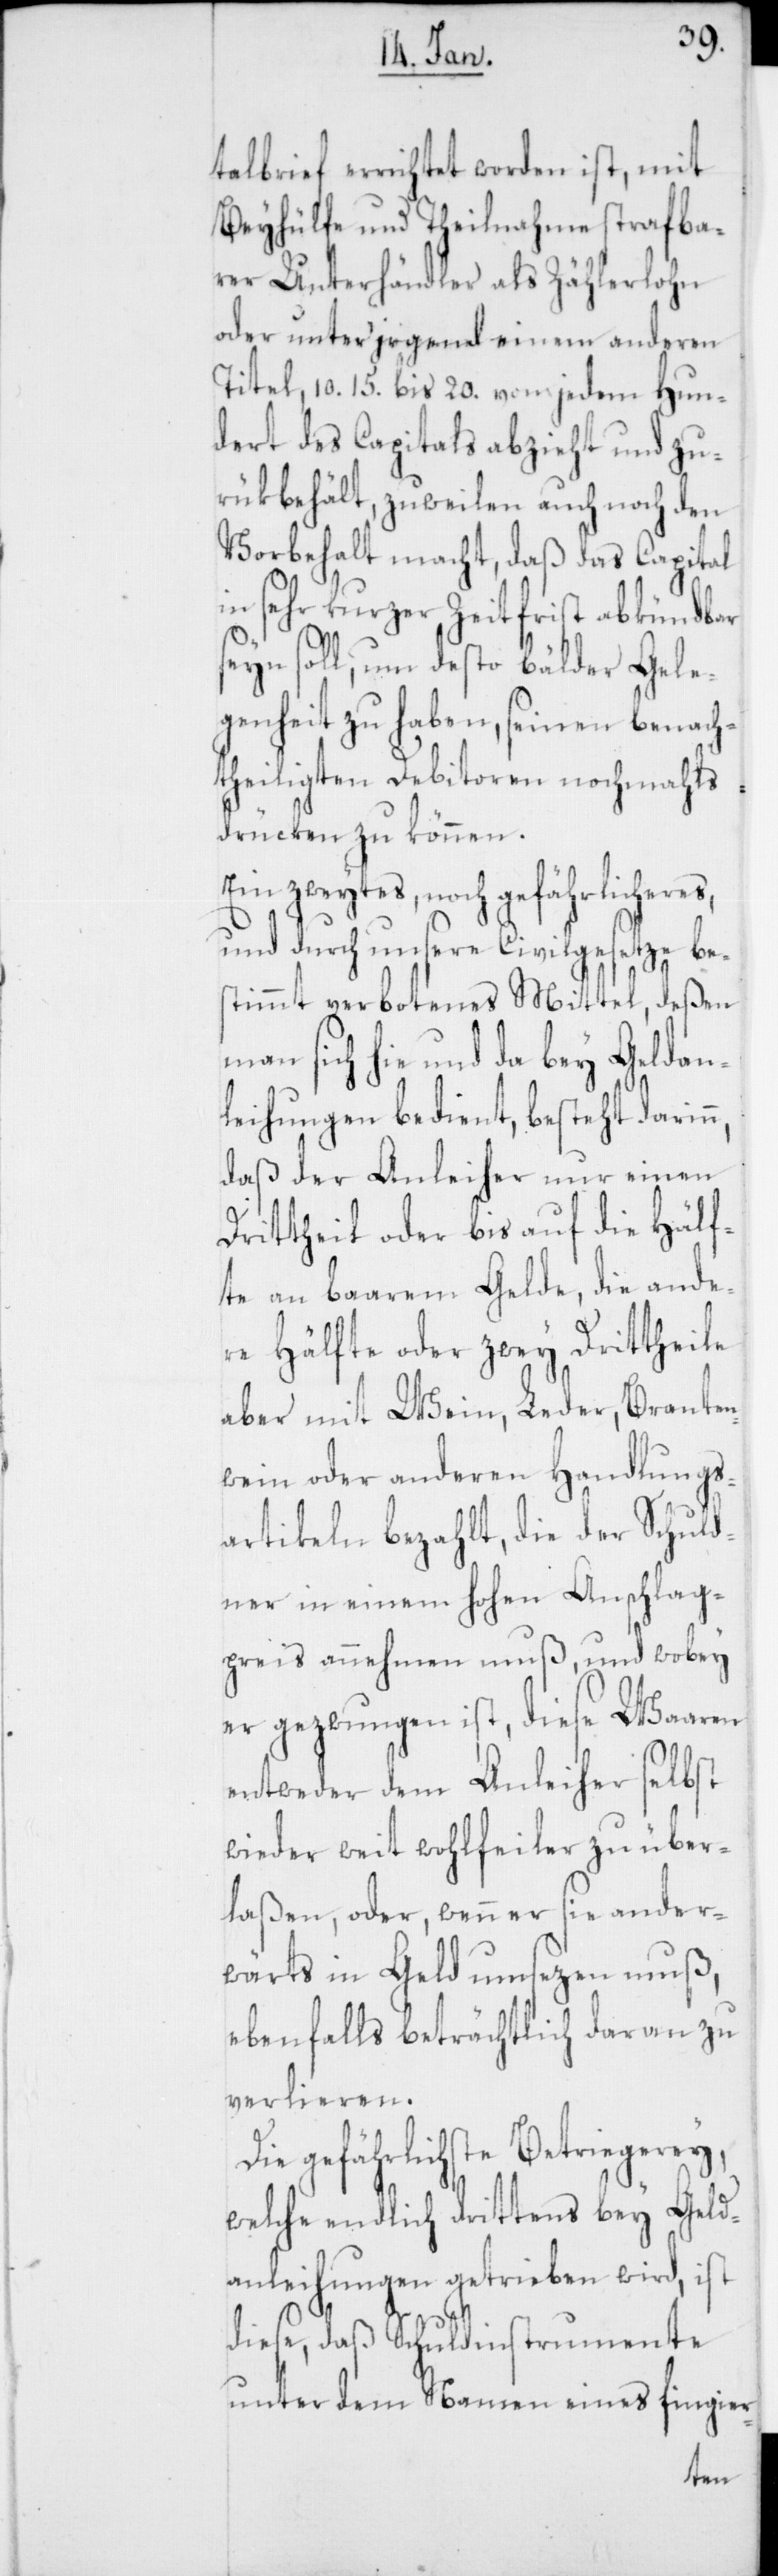
talbrief errichtet worden ist, mit
Beyhülfe und Theilnahme strafba¬
rer Unterhändler als Zählerlohn
oder unter irgend einem anderen
Titel, 10. 15. bis 20. vom jedem Hun¬
dert des Capitals abzieht und zu¬
rükbehält, zuweilen auch noch den
Vorbehalt macht, daß das Capital
in sehr kurzer Zeitfrist abkündbar
seyn soll, um desto bälder Gele¬
genheit zu haben, seinen benach¬
theiligten Debitoren nochmahls
drücken zu können.
Ein zweytes, noch gefährlicheres,
und durch unsere Civilgesetze bes¬
timmt verbotenes Mittel, deßen
man sich hie und da bey Geldan¬
leihungen bedient, besteht darin¬
daß der Anleiher nur einen
Drittheil oder bis auf die Hälf¬
te an baarem Gelde, die ande¬
re Hälfte oder zwey Drittheile
aber mit Wein, Leder, Branten¬
wein oder anderen Handlungs¬
artikeln bezahlt, die der Schuld¬
ner in einem hohen Anschlag¬
preis annehmen muß, und wobey
er gezwungen ist, diese Waaren
entweder dem Anleiher selbst
wieder weit wohlfeiler zu über¬
laßen, oder, wenn er sie ander¬
wärts in Geld umsezen muß,
ebenfalls beträchtlich daran zu
verlieren.
Die gefährlichste Betriegerey,
welche endlich drittens bey Geld¬
anleihungen getrieben wird, ist
diese, daß Schuldinstrumente
unter dem Namen eines fingier-
n,